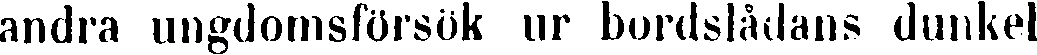
andra ungdomsförsök ur bordslådans dunkel